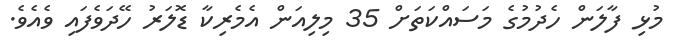
މުޅި ފާލަން ހެދުމުގެ މަސައްކަތަށް 35 މިލިއަން އެމެރިކާ ޑޮލަރު ހޭދަވެފައި ވެއެވެ.